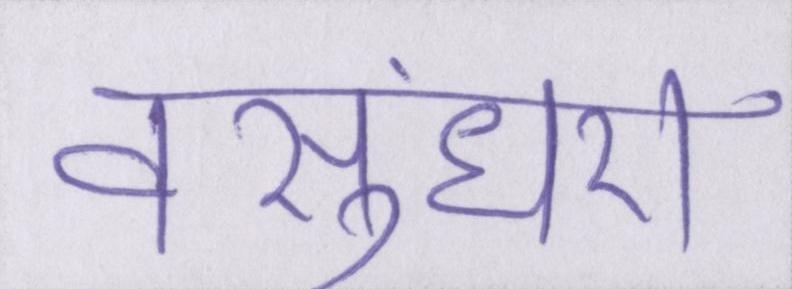
वसुंधरा